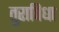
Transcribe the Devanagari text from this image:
तुराविधा